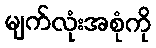
မျက်လုံးအစုံကို